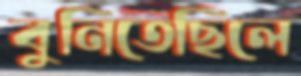
বুনিতেছিলে